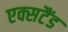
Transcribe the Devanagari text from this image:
एक्सटैंड